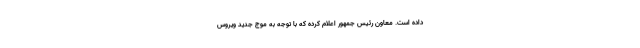
داده است. معاون رئیس جمهور اعلام کرده که با توجه به موج جدید ویروس